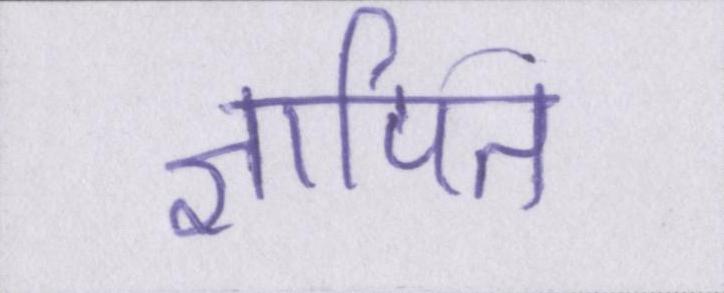
ज्ञापित